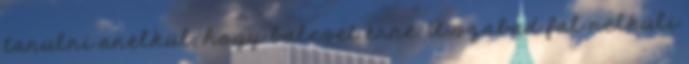
tanulni anélkül, hogy baleset érné. A szabad fal nélküli